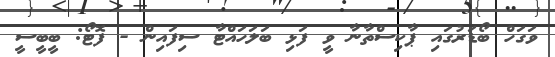
ވަގަހް ބޯޑަރުގައި ޕާކިސްތާނާ ވީ ފަޅި ބަލަހައްޓާ ސިފައިން - ފޮޓޯ: ބީބީސީ